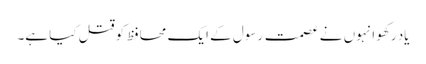
یاد رکھو انہوں نے عصمت رسول کے ایک محافظ کو قتل کیا ہے۔